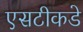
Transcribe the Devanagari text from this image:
एसटीकडे